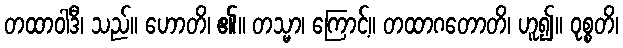
တထာဝါဒီ၊ သည်။ ဟောတိ၊ ၏။ တသ္မာ၊ ကြောင့်။ တထာဂတောတိ၊ ဟူ၍။ ဝုစ္စတိ၊